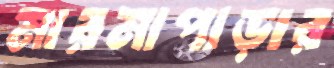
মারমাপাড়ার